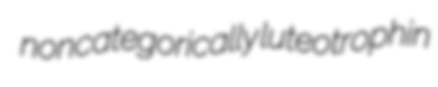
noncategorically luteotrophin